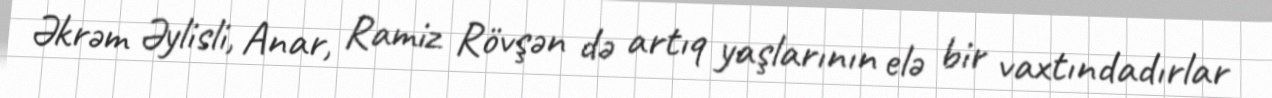
Əkrəm Əylisli, Anar, Ramiz Rövşən də artıq yaşlarının elə bir vaxtındadırlar